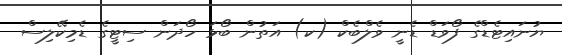
ޔުނައިޓެޑްގެ ފޯވަޑް ޑެނީ ވެލްބެކް (ކ) އަތުން ބޯޅަ ހޯދަން ސިޓީގެ ޑެމިކޭލިސް